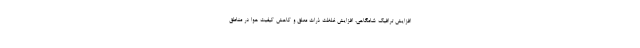
افزایش ترافیک شامگاهی، افزایش غلظت ذرات معلق و کاهش کیفیت هوا در مناطق